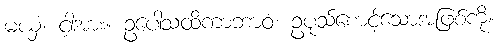
မယှံ၊ ငါ့အား။ ဥပေါသထိကာဘာဝံ၊ ဥပုသ်စောင့်သောအဖြစ်ကို။